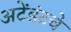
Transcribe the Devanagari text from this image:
अटेंडंटचे